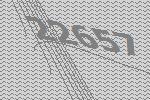
22657